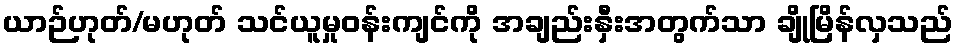
ယာဉ်ဟုတ်/မဟုတ် သင်ယူမှုဝန်းကျင်ကို အချည်းနှီးအတွက်သာ ချိုမြိန်လှသည်